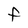
Character: F